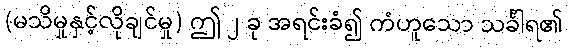
(မသိမှုနှင့်လိုချင်မှု) ဤ ၂ ခု အရင်းခံ၍ ကံဟူသော သင်္ခါရ၏